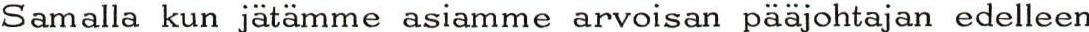
Samalla kun jätämme asiamme arvoisan pääjohtajan edelleen